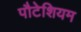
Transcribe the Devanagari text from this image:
पौटेशियम